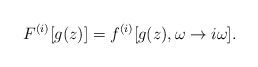
\begin{align*}F^{(i)}[g(z)]=f^{(i)}[g(z),\omega \rightarrow i\omega ]. \end{align*}